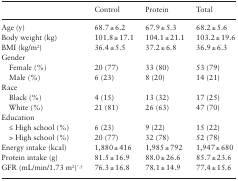
<table><thead><tr><td>[EMPTY_CELL]</td><td><b>Control</b></td><td><b>Protein</b></td><td><b>Total</b></td></tr></thead><tbody><tr><td>Age (y)</td><td>68.7±6.2</td><td>67.9±5.3</td><td>68.2±5.6</td></tr><tr><td>Body weight (kg)</td><td>101.8±17.1</td><td>104.1±21.1</td><td>103.2±19.6</td></tr><tr><td>BMI (kg/m<sup>2</sup>)</td><td>36.4±5.5</td><td>37.2±6.8</td><td>36.9±6.3</td></tr><tr><td colspan="4">Gender</td></tr><tr><td> Female (%)</td><td>20 (77)</td><td>33 (80)</td><td>53 (79)</td></tr><tr><td> Male (%)</td><td>6 (23)</td><td>8 (20)</td><td>14 (21)</td></tr><tr><td colspan="4">Race</td></tr><tr><td> Black (%)</td><td>4 (15)</td><td>13 (32)</td><td>17 (25)</td></tr><tr><td> White (%)</td><td>21 (81)</td><td>26 (63)</td><td>47 (70)</td></tr><tr><td colspan="4">Education</td></tr><tr><td> ≤ High school (%)</td><td>6 (23)</td><td>9 (22)</td><td>15 (22)</td></tr><tr><td> &gt; High school (%)</td><td>20 (77)</td><td>32 (78)</td><td>52 (78)</td></tr><tr><td>Energy intake (kcal)</td><td>1,880±416</td><td>1,985±792</td><td>1,947±680</td></tr><tr><td>Protein intake (g)</td><td>81.5±16.9</td><td>88.0±26.6</td><td>85.7±23.6</td></tr><tr><td>GFR (mL/min/1.73 m<sup>2</sup>)<sup>*,†</sup></td><td>76.3±16.8</td><td>78.1±14.9</td><td>77.4±15.6</td></tr></tbody></table>